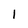
Character: 1